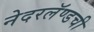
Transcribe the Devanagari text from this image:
नेदरलॅण्डची